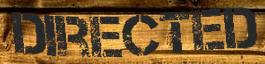
DIRECTED